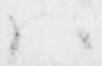
ハ